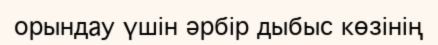
орындау үшін әрбір дыбыс көзінің